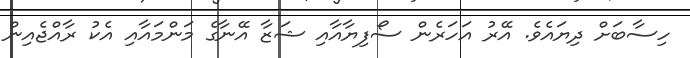
ހިސާބަށް ދިޔައެވެ. އޭރު އަހަރެން ސޯފިޔާއާއި ޝަޒާ އޭނާގެ މަންމައާއި އެކު ރާއްޖެއިން